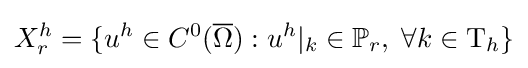
X_{r}^{h}=\{u^{h}\in C^{0}({\overline {\Omega }}):u^{h}|_{k}\in \mathbb {P} _{r},\;\forall k\in \mathrm {T} _{h}\}